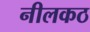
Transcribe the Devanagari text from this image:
नीलकठ